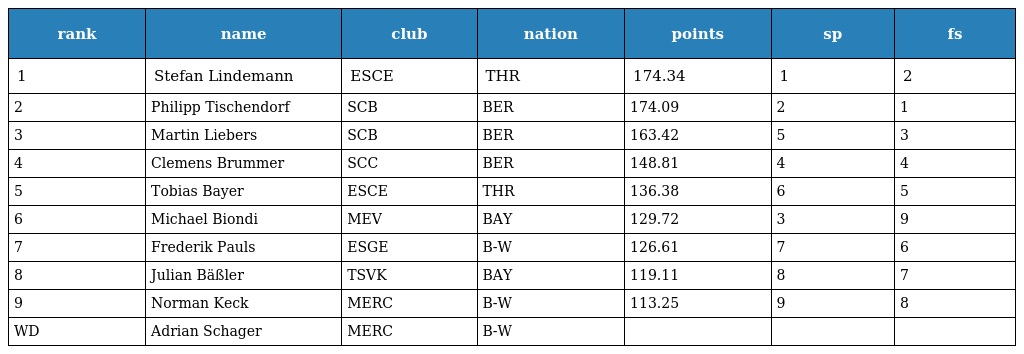
| rank | name | club | nation | points | sp | fs |
 | --- | --- | --- | --- | --- | --- | --- |
 | 1 | Stefan Lindemann | ESCE | THR | 174.34 | 1 | 2 |
 | 2 | Philipp Tischendorf | SCB | BER | 174.09 | 2 | 1 |
 | 3 | Martin Liebers | SCB | BER | 163.42 | 5 | 3 |
 | 4 | Clemens Brummer | SCC | BER | 148.81 | 4 | 4 |
 | 5 | Tobias Bayer | ESCE | THR | 136.38 | 6 | 5 |
 | 6 | Michael Biondi | MEV | BAY | 129.72 | 3 | 9 |
 | 7 | Frederik Pauls | ESGE | B-W | 126.61 | 7 | 6 |
 | 8 | Julian Bäßler | TSVK | BAY | 119.11 | 8 | 7 |
 | 9 | Norman Keck | MERC | B-W | 113.25 | 9 | 8 |
 | WD | Adrian Schager | MERC | B-W |  |  |  |